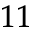
_ { 1 1 }